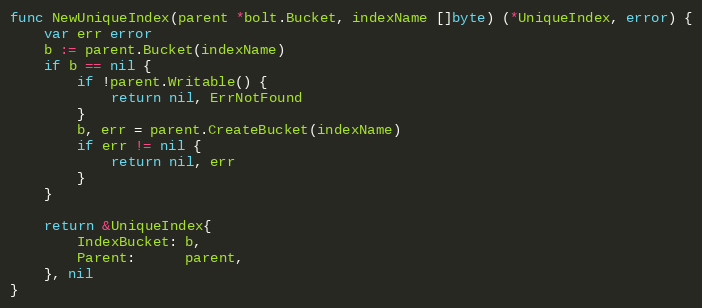
Language: Go
func NewUniqueIndex(parent *bolt.Bucket, indexName []byte) (*UniqueIndex, error) {
	var err error
	b := parent.Bucket(indexName)
	if b == nil {
		if !parent.Writable() {
			return nil, ErrNotFound
		}
		b, err = parent.CreateBucket(indexName)
		if err != nil {
			return nil, err
		}
	}

	return &UniqueIndex{
		IndexBucket: b,
		Parent:      parent,
	}, nil
}